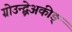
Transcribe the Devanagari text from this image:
ग्रोउन्द्ब्रेअकीङ्